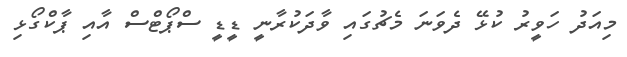
މިއަދު ހަވީރު ކުޅޭ ދެވަނަ މެޗުގައި ވާދަކުރާނީ ޑީޑީ ސްޕޯޓްސް އާއި ޕާކްގޯޅި